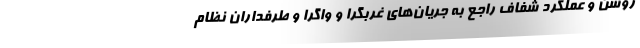
روشن و عملکرد شفاف راجع به جریان‌های غربگرا و واگرا و طرفداران نظام